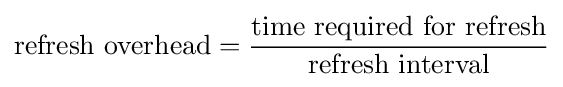
{\text{refresh overhead}}={\frac {\text{time required for refresh}}{\text{refresh interval}}}